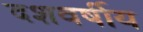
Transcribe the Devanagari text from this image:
दशवर्षीय